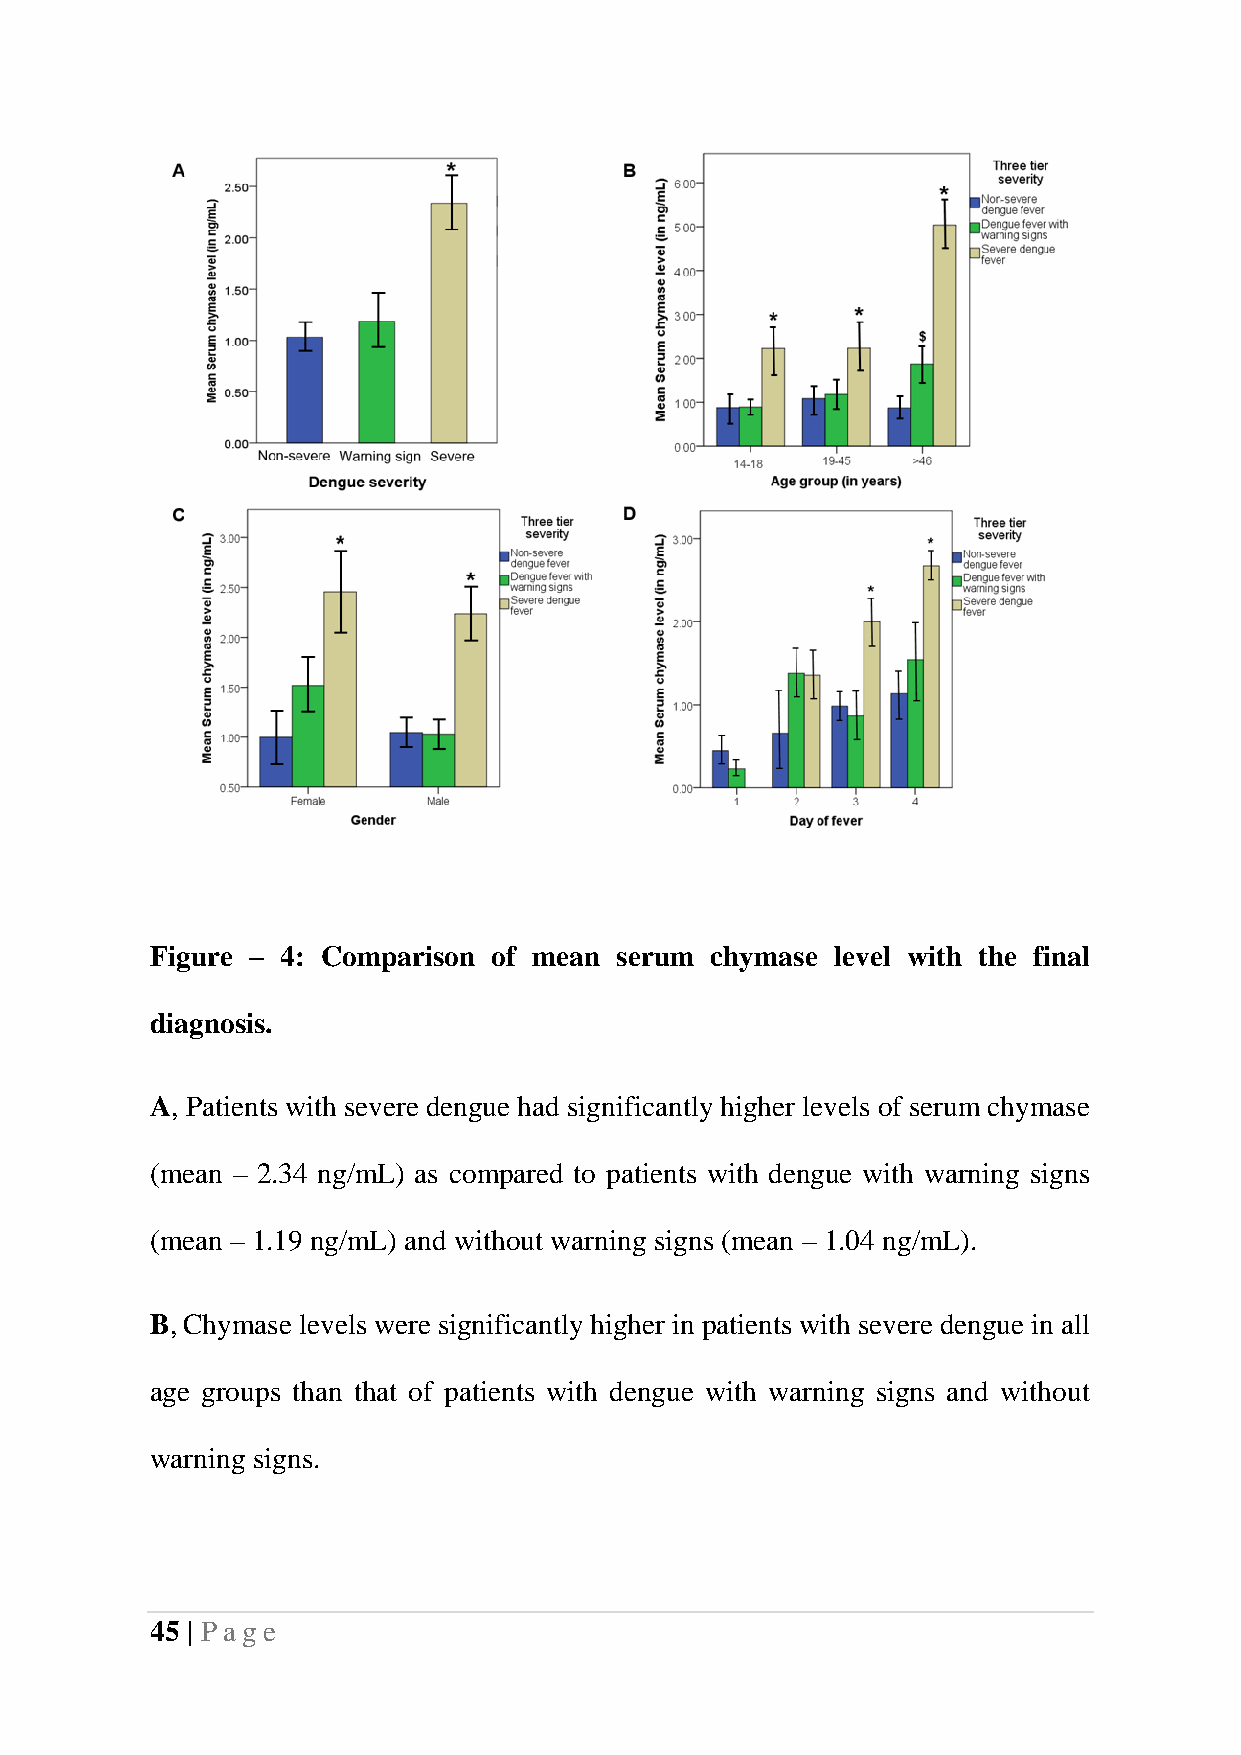
Figure – 4: Comparison of mean serum chymase level with the final
 diagnosis.
 A, Patients with severe dengue had significantly higher levels of serum chymase
 (mean – 2.34 ng/mL) as compared to patients with dengue with warning signs
 (mean – 1.19 ng/mL) and without warning signs (mean – 1.04 ng/mL).
 B, Chymase levels were significantly higher in patients with severe dengue in all
 age groups than that of patients with dengue with warning signs and without
 warning signs.
 45 | Pag e